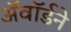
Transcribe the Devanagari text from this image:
अॅवॉर्डने